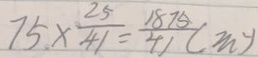
7 5 \times \frac { 2 5 } { 4 1 } = \frac { 1 8 7 5 } { 4 1 } ( m ^ { 2 } )